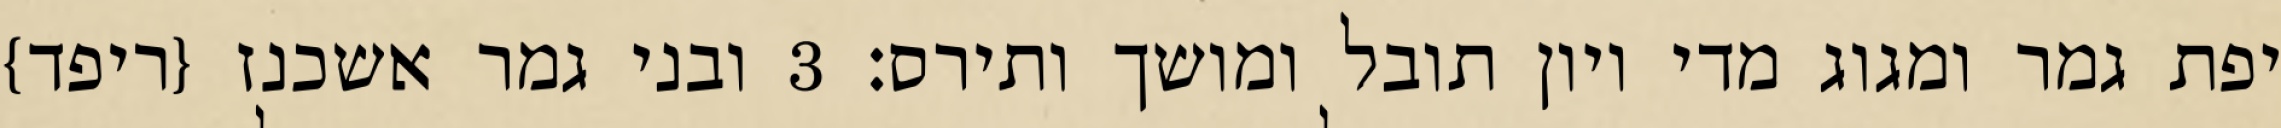
יפת גמר ומגוג מדי ויון תובל ומושך ותירס׃ ‎3‏ ובני גמר אשכנז {ריפד}